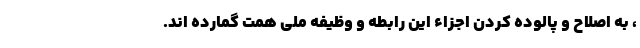
، به اصلاح و پالوده کردن اجزاء این رابطه و وظیفه ملی همت گمارده اند.